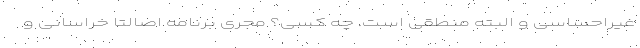
غیراحساسی و البته منطقی است. چه کسی؟ مجری برنامه اصالتاً خراسانی و